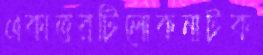
একাত্তরটিলোকনাটক